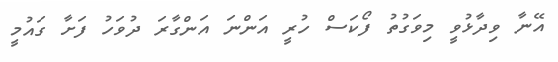
އޭނާ ވިދާޅުވީ މިވަގުތު ފޯކަސް ހުރީ އަންނަ އަންގާރަ ދުވަހު ފަށާ ގައުމީ